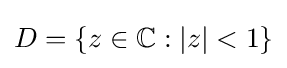
D=\{z\in \mathbb {C} :|z|<1\}